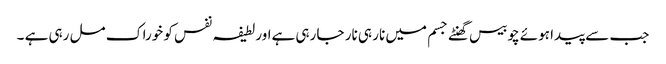
جب سے پیدا ہوئے چوبیس گھنٹے جسم میں نار ہی نار جا رہی ہےاور لطیفہ نفس کو خوراک مل رہی ہے ۔